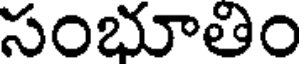
సంభూతిం